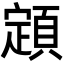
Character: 顁